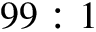
9 9 : 1